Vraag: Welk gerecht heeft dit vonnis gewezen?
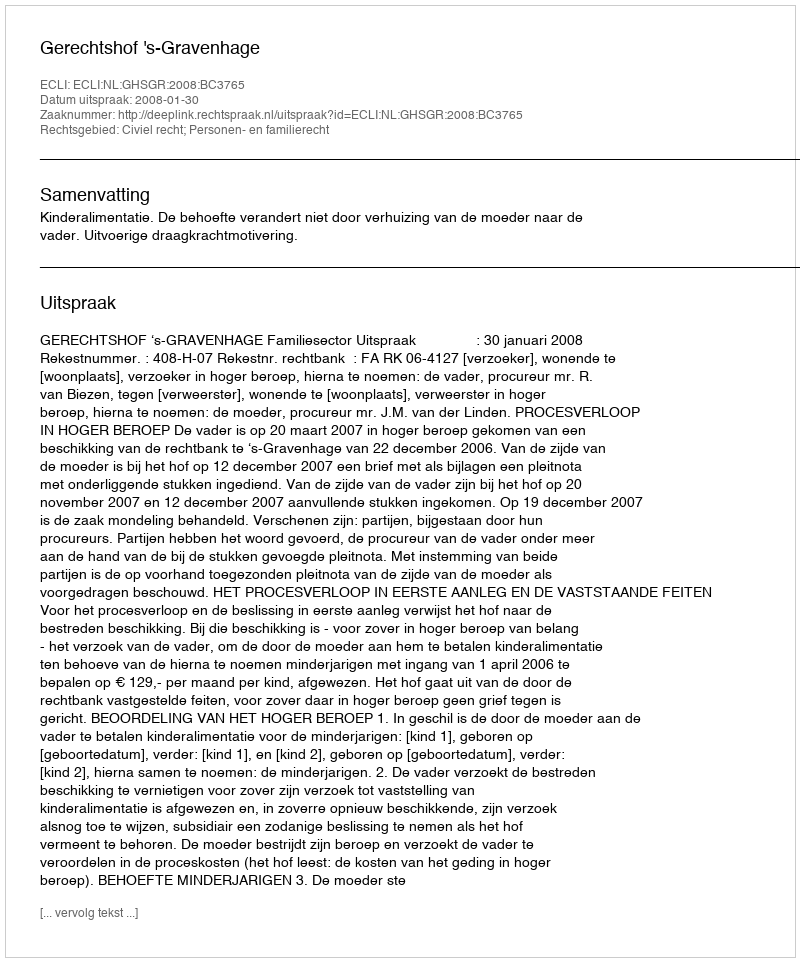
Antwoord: Gerechtshof 's-Gravenhage